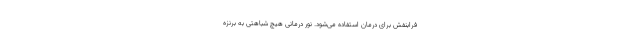
فرابنفش برای درمان استفاده می‌شود. نور درمانی هیچ شباهتی به برنزه